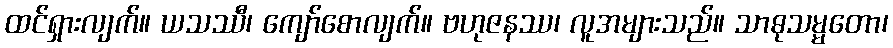
ထင်ရှားလျက်။ ယသဿီ၊ ကျော်စောလျက်။ ဗဟုဇနဿ၊ လူအများသည်။ သာဓုသမ္မတော၊